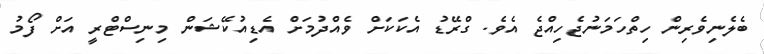
ބެލެނިވެރިން ހިތްހަމަނުޖެހިއްޖެ އެވެ. ގްރޭޑު އެކަކަށް ވެއްދުމަށް އެޑިއުކޭޝަން މިނިސްޓްރީ އަށް ފޯމު